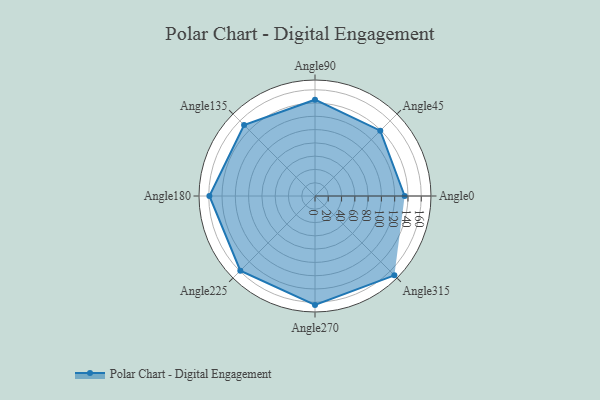
{"axis": {"x": "Angle", "y": "Radius"}, "legend": [""], "data": [{"x": "Angle0", "y": 135.0, "type": ""}, {"x": "Angle45", "y": 139.0, "type": ""}, {"x": "Angle90", "y": 145.0, "type": ""}, {"x": "Angle135", "y": 151.0, "type": ""}, {"x": "Angle180", "y": 159.0, "type": ""}, {"x": "Angle225", "y": 159.0, "type": ""}, {"x": "Angle270", "y": 164.0, "type": ""}, {"x": "Angle315", "y": 169.0, "type": ""}]}